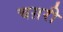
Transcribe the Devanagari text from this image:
चग़री